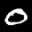
Label: 0